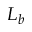
L _ { b }